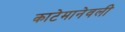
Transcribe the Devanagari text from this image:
काटेमानेवली